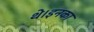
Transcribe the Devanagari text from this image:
थे।इनका